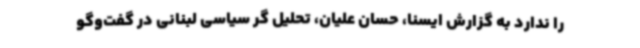
را ندارد به گزارش ایسنا، حسان علیان، تحلیل گر سیاسی لبنانی در گفت‌وگو